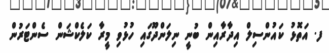
ފ. އަތޮޅު ކައުންސިލް އިދާރާއިން ބުނީ ނިލަންދޫގައި ހުޅުވި މީރާ ކަލެކްޝަން ސެންޓަރުން